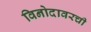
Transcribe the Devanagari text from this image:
विनोदावरची